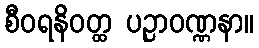
စီဝရနိဝတ္ထ ပဉ္ပာဝဏ္ဏနာ။